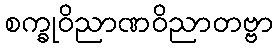
စက္ခုဝိညာဏဝိညာတဗ္ဗာ